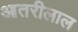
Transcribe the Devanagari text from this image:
आतरीलाल